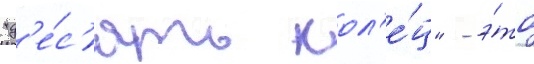
"д'е́с'ять кол'е́ц" - э́то